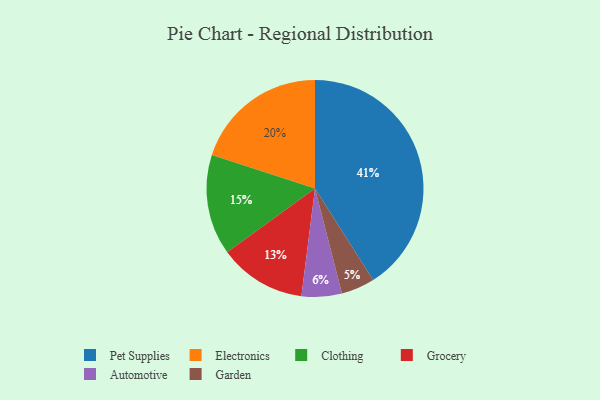
{"axis": {"x": "Category", "y": "Percentage"}, "legend": ["Automotive", "Clothing", "Electronics", "Garden", "Grocery", "Pet Supplies"], "data": [{"x": "Grocery", "y": 13, "type": "Grocery"}, {"x": "Electronics", "y": 20, "type": "Electronics"}, {"x": "Pet Supplies", "y": 41, "type": "Pet Supplies"}, {"x": "Clothing", "y": 15, "type": "Clothing"}, {"x": "Automotive", "y": 6, "type": "Automotive"}, {"x": "Garden", "y": 5, "type": "Garden"}]}